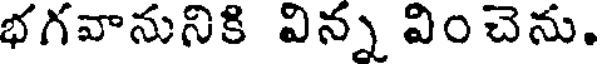
భగవానునికి విన్న వించెను.